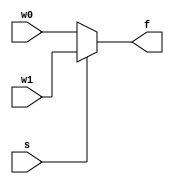
module mux2to1_v3 (w0, w1, s, f);
	input w0, w1, s;
	output reg f;
	
	always @(w0, w1, s)
		if (s==0)
			f = w0;
		else
			f = w1;
		
endmodule



module D_FF (D,CLK,RST,Q,Qp);
   output Q,Qp;
   input D,CLK,RST;
   reg Q;
   assign Qp = ~Q ;
   always @(posedge CLK or negedge RST )
	   if(~RST)
		   Q=0;
	   else 
     	   Q = D;
	 
endmodule 





module JK_FF (J,K,CLK,RST,Q,Qp);
   output Q,Qp;
   input  J,K,CLK,RST;
   reg  Q;
   assign Qp = ~ Q ;
   always @(posedge CLK or negedge RST)
	   if(~RST)
		   Q =0 ; 
		else 
           case({J,K})
             2'b00: Q = Q;
             2'b01: Q = 1'b0;
             2'b10: Q = 1'b1;
             2'b11: Q = ~ Q;
           endcase
endmodule	 

 module all_circuit(Q0,Q1,Q0_p,Q1_p,CLK,RST,y); 
	
	input y ,CLK,RST; 
	output Q0,Q1,Q0_p,Q1_p ;
	wire D,j,k;
	
	assign D = (~y&Q0)  | (~y&Q1) ;
	assign k = y ;
	wire w1 ;
	nand(w1,Q0,Q1) ; 
	
	assign pr0 = Q0,pr1 =Q1;  
	mux2to1_v3 mux_res(Q1_p,w1,y,j); 
	JK_FF  jk_res  (j,k,CLK,RST,Q0,Q0_p);
	D_FF D_res (D,CLK,RST,Q1,Q1_p);
    
	
	
endmodule




module testTcircuit;
  reg y,CLK,RST; //inputs for circuit
  wire Q0,Q1,Q0_p,Q1_p; //output from circuit
  all_circuit b (Q0,Q1,Q0_p,Q1_p,CLK,RST,y);
  initial begin
   RST = 0; CLK = 0; 
   	#5 RST = 1;
  	$monitor("time = %0d CLK = %b RST=%d  Y=%b Q0=%b Q1=%b ",$time,CLK,RST,y,Q0,Q1);
   
   repeat (7)
   #25 CLK = ~CLK;	
   #85 y=~y;
  end 
  initial begin
    y = 0; #15 y = 1;
    repeat (8)
    #10 y = ~ y;       
   end

  
endmodule



 module behaviroal (y,Q0,Q1,Q0_p,Q1_p,CLK,RST);
   input y,CLK,RST;
   output Q0,Q1,Q0_p,Q1_p;
   reg [1:0] state;
   parameter S0=2'b00,S1=2'b01,S2=2'b10,S3=2'b11; 
   assign Q0_p = ~Q0 ; 
   assign Q1_p = ~Q1 ;
   always @(posedge CLK or negedge RST)
     if (~RST) state = S0;  //Initialize to state S0
     else
	case(state)
           S0:  state = S1;  
           S1: if (y)  state = S0; else state = S3;    
           S2: if (y) state = S1;
           S3: if (y) state = S0; 
       endcase
   assign Q0 = state[0]; 
   assign Q1 = state[1];//Output of flip-flops
endmodule